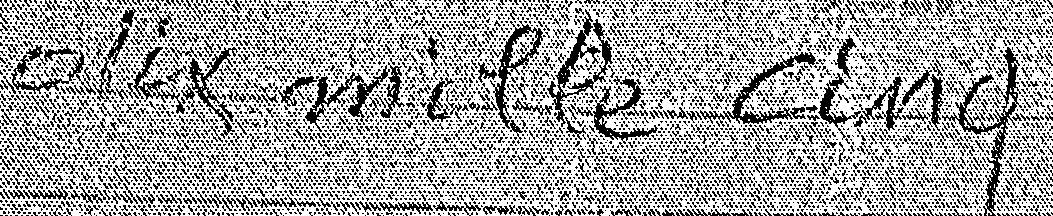
dix mille cinq